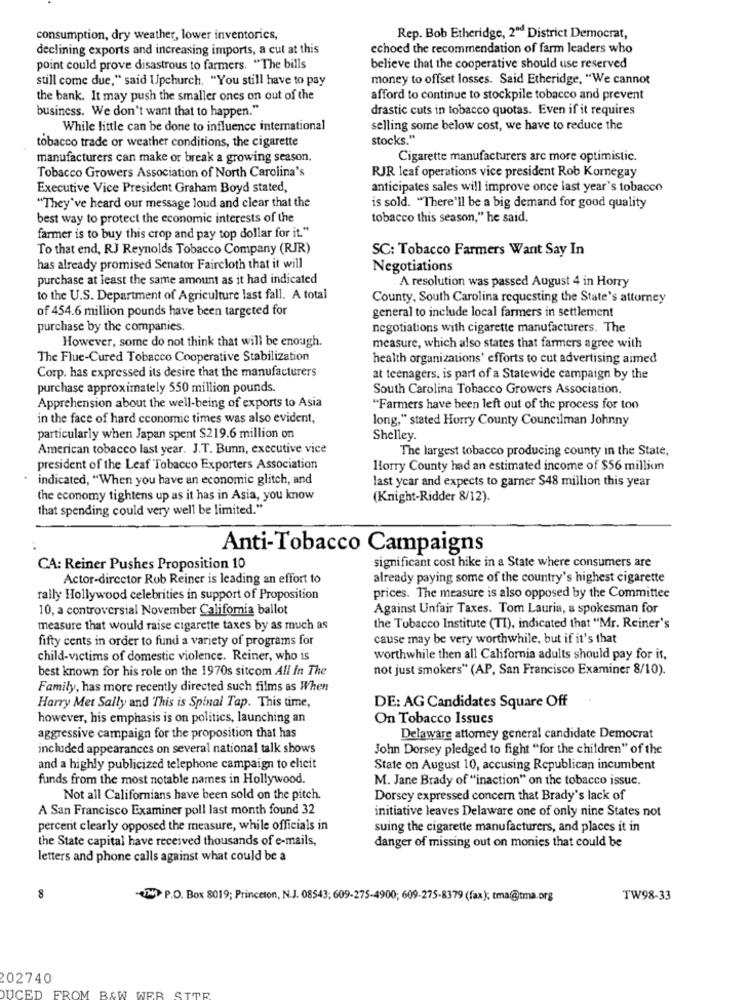
consumption, dry weather, lower inventories,
Rep. Bob Etheridge, 2ªd District Democrat,
declining exports and increasing imports, a cut at this
echoed the recommendation of farm leaders who
point could prove disastrous to farmers. "The bills
believe that the cooperative should use reserved
still come due," said Upchurch. "You still have to pay
money to offset losses. Said Etheridge, "We cannot
the bank. It may push the smaller ones on out of the
afford to continue to stockpile tobacco and prevent
business. We don't want that to happen."
drastic cuts in tobacco quotas. Even if it requires
While little can be done to influence international
selling some below cost, we have to reduce the
tobacco trade or weather conditions, the cigarette
stocks."
manufacturers can make or break a growing season.
Cigarette manufacturers arc more optimistic.
Tobacco Growers Association of North Carolina's
RJR leaf operations vice president Rob Kornegay
Executive Vice President Graham Boyd stated,
anticipates sales will improve once last year's tobacco
"They've heard our message loud and clear that the
is sold. "There'll be a big demand for good quality
best way to protect the economic interests of the
tobacco this season," he said.
farmer is to buy this crop and pay top dollar for it."
To that end, RJ Reynolds Tobacco Company (RJR)
SC: Tobacco Farmers Want Say In
has already promised Senator Faircloth that it will
Negotiations
purchase at least the same amount as it had indicated
A resolution was passed August 4 in Horry
to the U.S. Department of Agriculture last fall. A total
County, South Carolina requesting the State's attorney
of 454.6 million pounds have been targeted for
general to include local farmers in settlement
purchase by the companies.
negotiations with cigarette manufacturers. The
However, some do not think that will be enough.
measure, which also states that farmers agree with
The Flue-Cured Tobacco Cooperative Stabilization
health organizations' efforts to cut advertising aimed
Corp. has expressed its desire that the manufacturers
at teenagers. is part of a Statewide campaign by the
purchase approximately 550 million pounds.
South Carolina Tobacco Growers Association.
Apprehension about the well-being of exports to Asia
"Farmers have been left out of the process for too
in the face of hard economic times was also evident,
long," stated Hurry County Councilman Johnny
particularly when Japan spent $219.6 million on
Shelley.
American tobacco last year. J.T. Bunn, executive vice
The largest tobacco producing county in the State,
president of the Leaf Tobacco Exporters Association
Horry County had an estimated income of $56 million
indicated, "When you have an economic glitch, and
last year and expects to garner $48 million this year
the economy tightens up as it has in Asia, you know
(Knight-Ridder 8/12).
that spending could very well be limited."
Anti-Tobacco Campaigns
CA: Reiner Pushes Proposition 10
significant cost hike in a State where consumers are
Actor-director Rob Reiner is leading an effort to
already paying some of the country's highest cigarette
rally Hollywood celebrities in support of Proposition
prices. The measure is also opposed by the Committee
10, a controversial November California ballot
Against Unfair Taxes. Tom Lauria, a spokesman for
measure that would raise cigarette taxes by as much as
the Tobacco Institute (TI), indicated that "Mr. Reiner's
fifty cents in order to fund a variety of programs for
cause may be very worthwhile, but if it's that
child-victims of domestic violence. Reiner, who is
worthwhile then all California adults should pay for it,
best known for his role on the 1970s sitcom All In The
not just smokers" (AP, San Francisco Examiner 8/10).
Family, has more recently directed such films as When
Harry Met Sally and This is Spinal Tap. This time,
DE: AG Candidates Square Off
however, his emphasis is on politics, launching an
On Tobacco Issues
aggressive campaign for the proposition that has
Delaware attorney general candidate Democrat
included appearances on several national talk shows
John Dorsey pledged to fight "for the children" of the
and a highly publicized telephone campaign to elicit
State on August 10, accusing Republican incumbent
funds from the most notable names in Hollywood.
M. Jane Brady of "inaction" on the tobacco issue.
Not all Californians have been sold on the pitch.
Dorsey expressed concern that Brady's lack of
A San Francisco Examiner poll last month found 32
initiative leaves Delaware one of only nine States not
percent clearly opposed the measure, while officials in
suing the cigarette manufacturers, and places it in
the State capital have received thousands of e-mails,
danger of missing out on monies that could be
letters and phone calls against what could be a
8
P.O. Box 8019; Princeton, N.J. 08543; 609-275-4900; 609-275-8379 (fax); tma@tma.org
TW98-33
202740
DUCED 1
FROM B&W WER